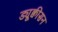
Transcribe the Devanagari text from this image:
ड्यूक्वीसन